Board of Education Examinations in Art and in Science and Technology, and Examinations of the City and Guilds of London Institute, 1917, 1917
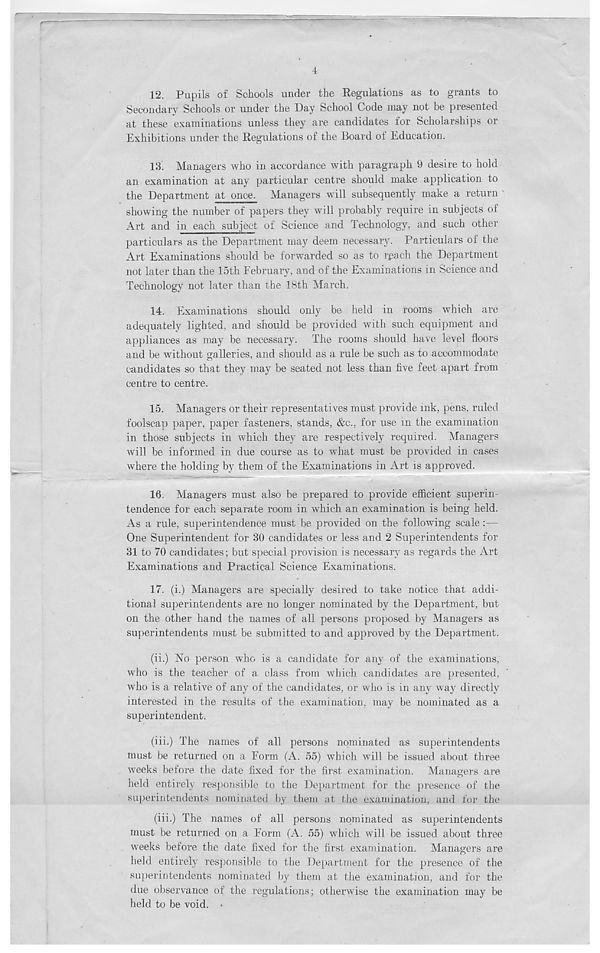
4
12. Pupils of Schools under the Regulations as to grants to
Secondary Schools or under the Day School Code may not be presented
at these examinations unless they are candidates for Scholarships or
Exhibitions under the Regulations of the Board of Education.
13. Managers who in accordance with paragraph 9 desire to hold
an examination at any particular centre should make application to
the Department at once. Managers will subsequently make a return
showing the number of papers they will probably require in subjects of
Art and in each subject of Science and Technology, and such other
particulars as the Department may deem necessary. Particulars of the
Art Examinations should be forwarded so as to rpach the Department
not later than the 15th February, and of the Examinations in Science and
Technology not later than the 18th March.
14. Examinations should only be held in rooms which are
adequately lighted, and should be provided with such equipment and
appliances as may be necessary. The rooms should have level floors
and be without galleries, and should as a rule be such as to accommodate
candidates so that they may be seated not less than five feet apart from
centre to centre.
15. Managers or their representatives must provide ink, pens, ruled
foolscap paper, paper fasteners, stands, &c., for use in the examination
in those subjects in which they are respectively required. Managers
will be informed in due course as to what must be provided in cases
where the holding by them of the Examinations in Art is approved.
16. Managers must also be prepared to provide efficient superin-
tendence for each separate room in which an examination is being held.
As a rule, superintendence must be provided on the following scale :—
One Superintendent for 30 candidates or less and 2 Superintendents for
31 to 70 candidates; but special provision is necessary as regards the Art
Examinations and Practical Science Examinations.
17. (i.) Managers are specially desired to take notice that addi-
tional superintendents are no longer nominated by the Department, but
on the other hand the names of all persons proposed by Managers as
superintendents must be submitted to and approved by the Department.
(ii.) No person who is a candidate for any of the examinations,
who is the teacher of a class from which candidates are presented,
who is a relative of any of the candidates, or who is in any way directly
interested in the results of the examination, may be nominated as a
superintendent.
(iii.) The names of all persons nominated as superintendents
must be returned on a Form (A. 55) which will be issued about three
weeks before the date fixed for the first examination. Managers are
held entirely responsible to the Department for the presence of the
superintendents nominated by them at the examination, and for the
(iii.) The names of all persons nominated as superintendents
must be returned on a Form (A. 55) which will be issued about three
weeks before the date fixed for the first examination. Managers are
held entirely responsible to the Department for the presence of the
superintendents nominated by them at the examination, and for the
due observance of the regulations; otherwise the examination may be
held to be void. •